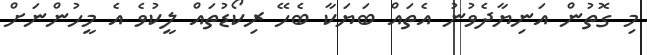
މި ގޮތުން އަނިޔާދެވުނު އެތައް ބަޔަކާ ބެހޭ ރިކޯޑުތައް ލީކުވެ އެ މީހުންނަށް